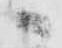
へ